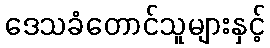
ဒေသခံတောင်သူများနှင့်